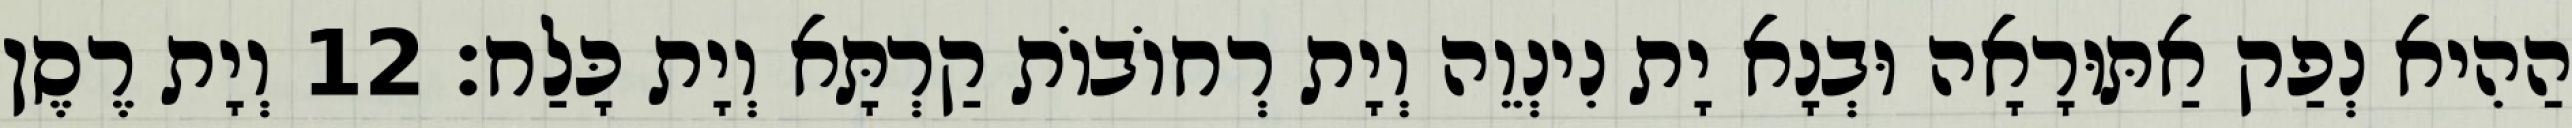
הַהִיא נְפַק אַתּוּרָאָה וּבְנָא יָת נִינְוֵה וְיָת רְחוֹבוֹת קַרְתָּא וְיָת כָּלַח׃ 12 וְיָת רֶסֶן